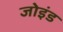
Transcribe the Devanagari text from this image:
जोइंड